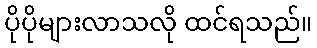
ပိုပိုများလာသလို ထင်ရသည်။